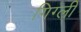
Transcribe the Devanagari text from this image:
गिग्ली